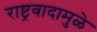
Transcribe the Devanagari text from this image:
राष्ट्रवादामुळे